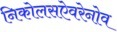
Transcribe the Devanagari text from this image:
निकोलसऐवरेनोव